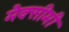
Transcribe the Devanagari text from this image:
मैक्सीमी